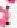
: